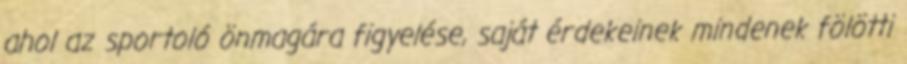
ahol az sportoló önmagára figyelése, saját érdekeinek mindenek fölötti